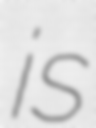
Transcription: is